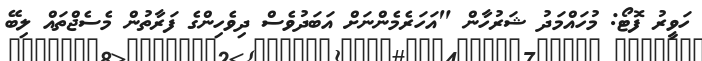
ހަވީރު ފޮޓޯ: މުހައްމަދު ޝަރުހާން "އަހަރެމެންނަށް އަބަދުވެސް ދިވެހިންގެ ފަރާތުން މެސެޖްތައް ލިބޭ